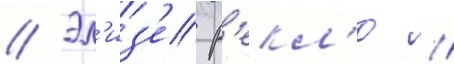
// Эл'из'е р'екл'ю //